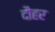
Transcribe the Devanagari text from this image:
दौहर